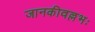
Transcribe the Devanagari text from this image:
जानकीवल्लभः